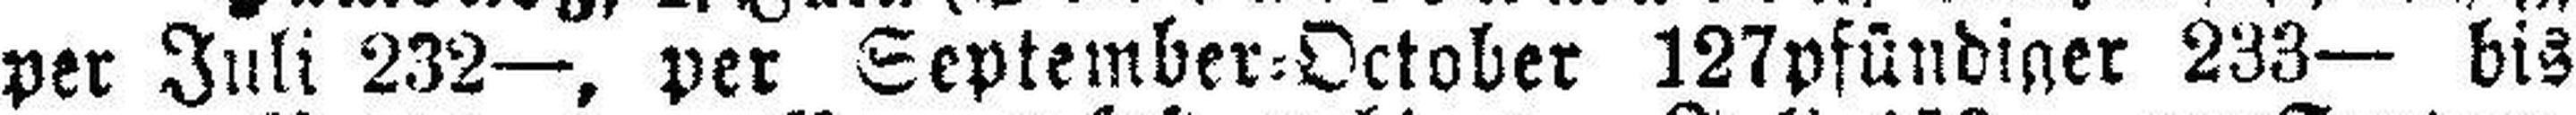
per Juli 232—, per September=October 127pfündiger 233— bis